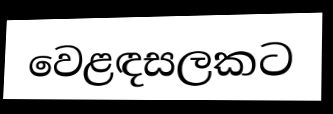
වෙළඳසලකට